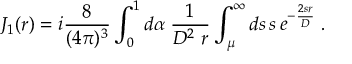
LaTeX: J _ { 1 } ( r ) = i \frac { 8 } { ( 4 \pi ) ^ { 3 } } \int _ { 0 } ^ { 1 } d \alpha \; \frac { 1 } { D ^ { 2 } \; r } \int _ { \mu } ^ { \infty } d s \, s \, e ^ { - \frac { 2 s r } { D } } \; .